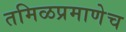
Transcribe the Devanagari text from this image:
तमिळप्रमाणेच